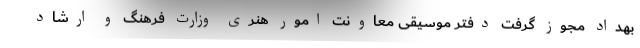
بهداد مجوز گرفت دفتر موسیقی معاونت امور هنری وزارت فرهنگ و ارشاد